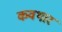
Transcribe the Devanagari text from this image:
कवथार